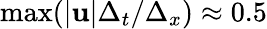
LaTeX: \operatorname*{max}(|\mathbf{u}|\Delta_{t}/\Delta_{x})\approx 0.5